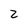
Character: z